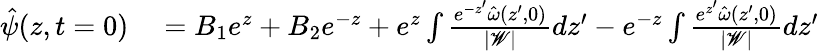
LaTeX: \begin{array}{rl}{\hat{\psi}(z,t=0)}&{{}=B_{1}e^{z}+B_{2}e^{-z}+e^{z}\int\frac{e^{-z^{\prime}}\hat{\omega}(z^{\prime},0)}{|\mathscr{W}|}dz^{\prime}-e^{-z}\int\frac{e^{z^{\prime}}\hat{\omega}(z^{\prime},0)}{|\mathscr{W}|}dz^{\prime}}\end{array}